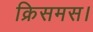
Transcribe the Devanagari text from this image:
क्रिसमस।